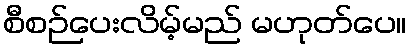
စီစဉ်ပေးလိမ့်မည် မဟုတ်ပေ။